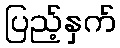
ပြည့်နှက်